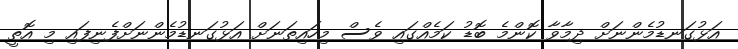
އަޅުގަނޑުމެންނަށް ދިމާވާ ކޮންމެ ބޮޑު ކަމެއްގައި ވެސް މިހައިތަނަށް އަޅުގަނޑުމެންނަށްފެނިފައި މި އޮތީ